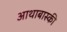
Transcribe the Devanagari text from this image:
आथाबास्की